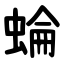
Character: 蜦